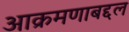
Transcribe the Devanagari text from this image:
आक्रमणाबद्दल